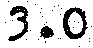
3.0